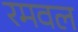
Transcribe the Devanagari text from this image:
रमवल